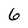
Character: 6